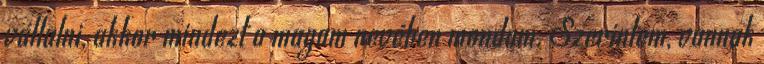
vállalni, akkor mindezt a magam nevében mondom. Szerintem, vannak